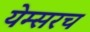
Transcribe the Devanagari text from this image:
येम्सरच